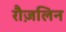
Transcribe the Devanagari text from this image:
रौज़लिन